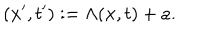
( { \bf x } ^ { \prime } , t ^ { \prime } ) : = \Lambda ( { \bf x } , t ) + a .